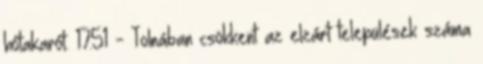
hótakarót. 17:51 - Tolnában csökkent az elzárt települések száma